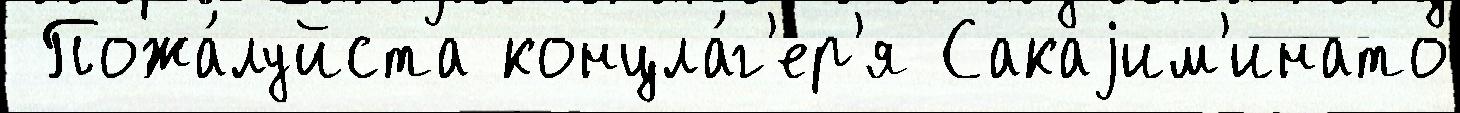
 Пожа́луйста концла́г'ер'я Сакаjим'инато